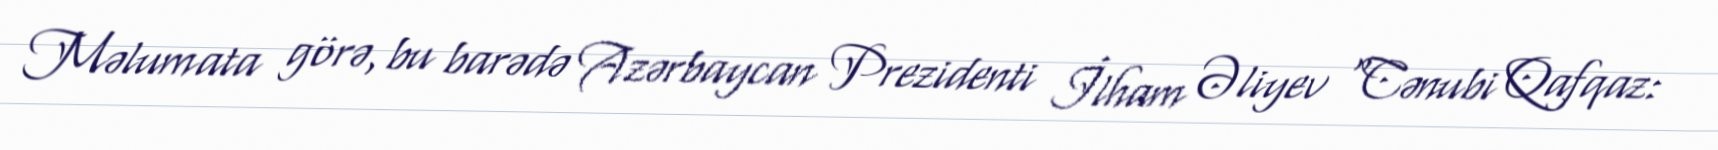
Məlumata görə, bu barədə Azərbaycan Prezidenti İlham Əliyev “Cənubi Qafqaz: